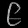
Digit: ၉